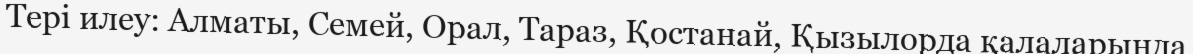
Тері илеу: Алматы, Семей, Орал, Тараз, Қостанай, Қызылорда қалаларында